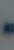
-